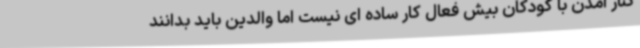
کنار آمدن با کودکان بیش فعال کار ساده ای نیست اما والدین باید بدانند